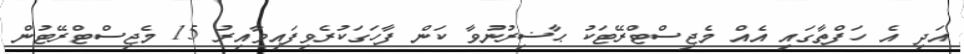
އަދި އެ ހަފްތާގައި އެއް މެޖިސްޓްރޭޓަކު ޙާޟިރުނުވާ ކަން ފާހަގަކުރެވިފައިވާއިރު 15 މެޖިސްޓްރޭޓުން